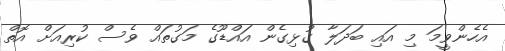
އެހެންވީމަ މި އައި ބަދަލާ ގުޅިގެން އައްޑޫގެ މަގުތައް ވެސް ކުރިއަށް އޮތް